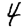
Digit: 4